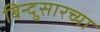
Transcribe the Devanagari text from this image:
बिन्दुसारच्या